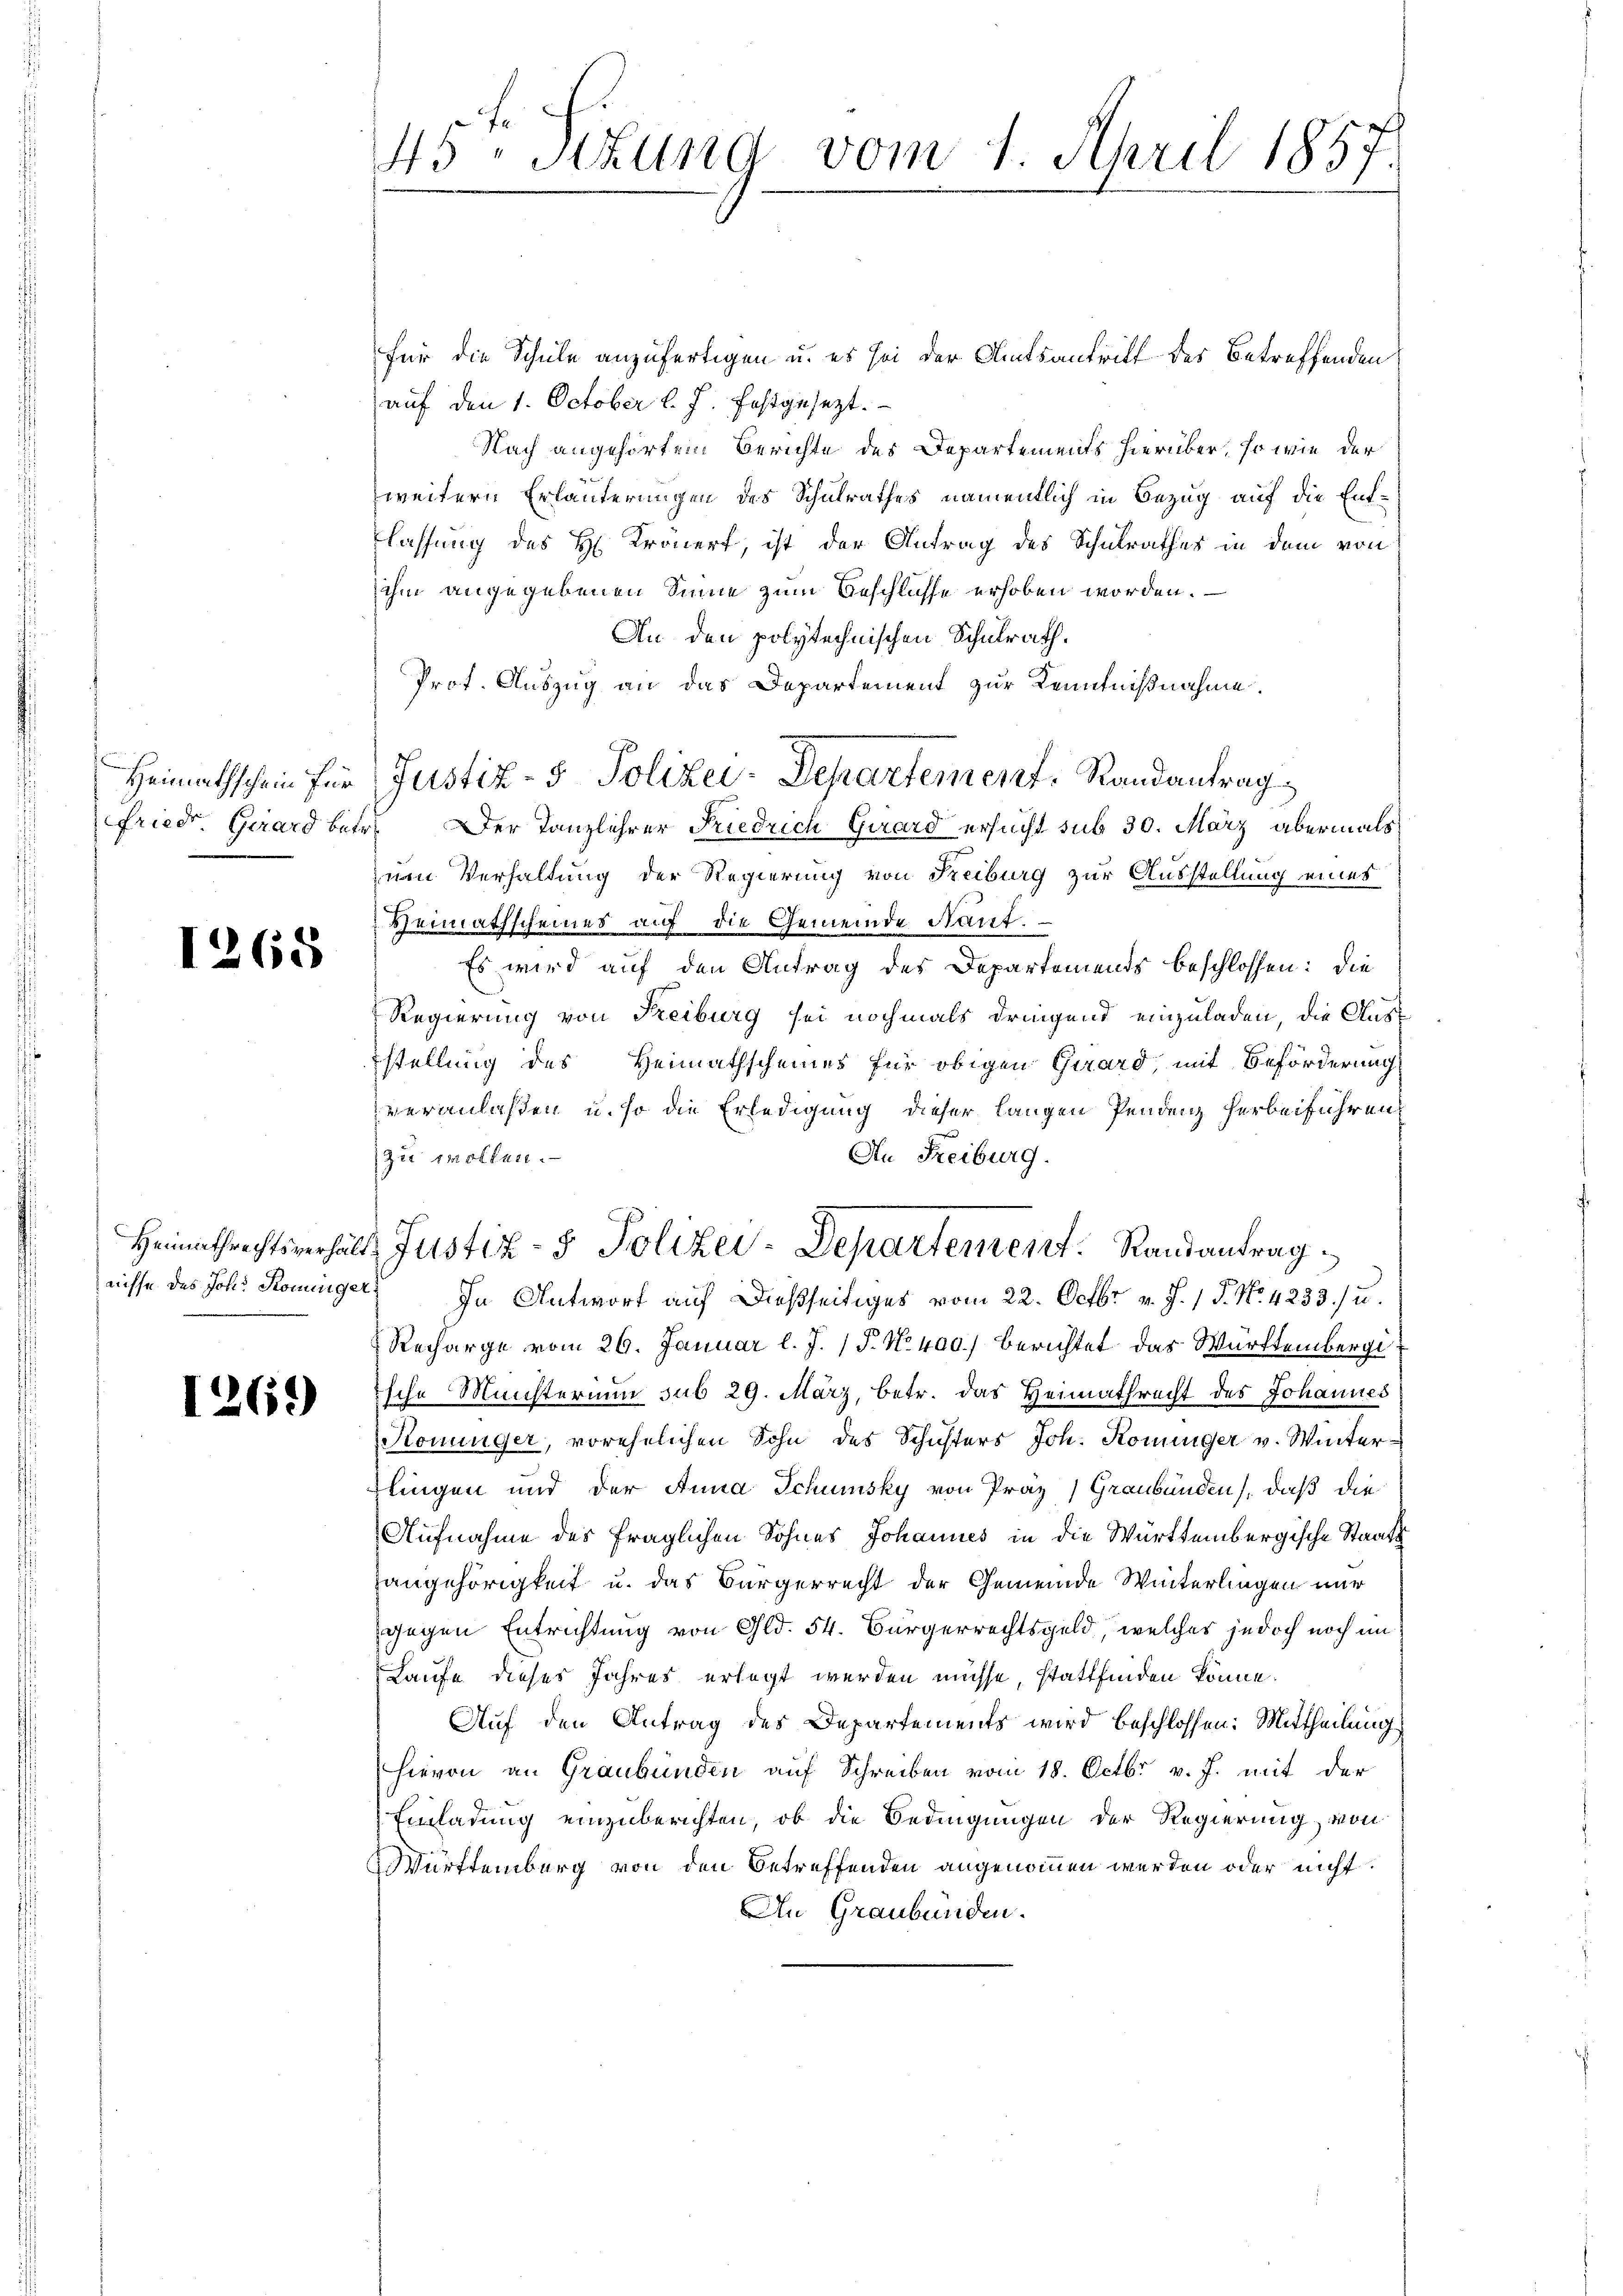
Heimathschein für
friedr. Girard bei

1268

1269)

45. Sekung vom 1. April 1857.

für die Schule anzufertigen u. es sei der Amtsantritt des betreffenden
auf den 1. October l. J. festgesezt.
Nach angehörtem Berichte des Departements hierüber, so wie der
weitern Erläuterungen des Schulrathes namentlich in Bezug auf die Entlassung des H. Kronert, ist der Antrag des Schulrathes in dem von
ihm angegebenen Sinne zum Beschlusse erhoben worden.
An den polytechnischen Schulrath.
Prot. Auszug an das Departement zur Kenntnißnahme.
Der Tanzlehrer Friedrich Girard ersucht sub 30. März abermals
zum Verhaltung der Regierung von Reiburg zur Ausstellung eines
Heimathscheines auf die Gemeinde Nant.
Es wird auf den Antrag des Departements beschlossen: die
Regierung von Freiburg sei nochmals dringend einzuladen, die Ausstellung des Heimathscheines für obigen Girard, mit Beförderung
veranlaßen u. so die Erledigung dieser langen Pendenz herbeiführen
zu wollen.
An Freiburg.
Heimathrechtsverhält Justiz- & Polizei-Departement. Randantrag
nisse des Joh. Koninger) In Antwort auf dießseitiges vom 22. Octbr. v. J. 1 P. No. 4233/ u.
Recharge vom 26. Januar l. J. P. N. 400) Berichtet das Württembergiische Meisterium sub 29. März, betr. das Heimathrecht des Johannes
Konunger, vorehelichen Sohn des Schichters Joh. Koninger v. Winterdlingen und der Anna Schinsky von Präz) Graubünden), daß die
Aufnahme des fraglichen Sohnes Johannes in die Württembergische Staats¬
Hangehörigkeit u. das Bürgerrecht der Gemeinde Winterlingen nur
gegen Entrichtung von Gld. 54. Bürgerrechtsgeld, welches jedoch noch im
Laufe dieses Jahres erlegt werden müsse, stattfinden könne.
Auf den Antrag des Departements wird beschlossen: Mittheilung
hievon an Graubünden auf Schreiben vom 18. Octbr v. J. mit der
Einladung einzuberichten, ob die Bedingungen der Regierung von
Württemberg von den Betreffenden angenommen werden oder nicht.
An Graubünden.

Justiz- & Polizei-Departement. Randantrag